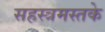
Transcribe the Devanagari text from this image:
सहस्त्रमस्तके